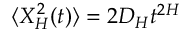
\langle X _ { H } ^ { 2 } ( t ) \rangle = 2 D _ { H } t ^ { 2 H }